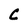
Character: C